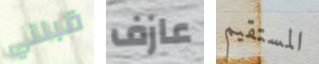
قبلني عازف المستقيم